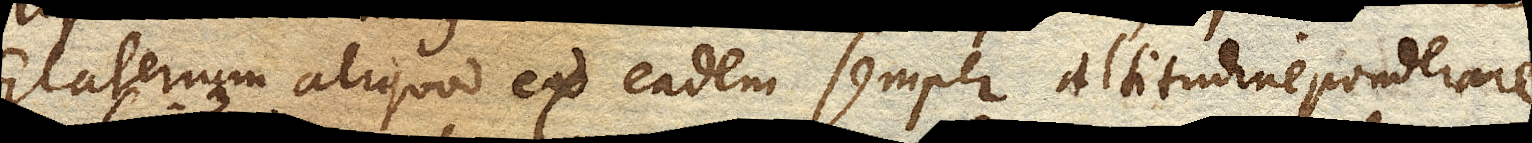
Elaterium aliquod ex eadem semper altitudine ponderare.